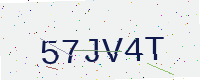
Text: 57JV4T